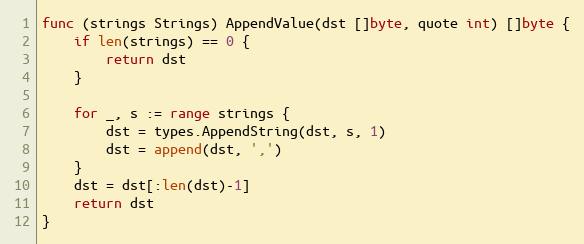
Language: Go
func (strings Strings) AppendValue(dst []byte, quote int) []byte {
	if len(strings) == 0 {
		return dst
	}

	for _, s := range strings {
		dst = types.AppendString(dst, s, 1)
		dst = append(dst, ',')
	}
	dst = dst[:len(dst)-1]
	return dst
}